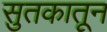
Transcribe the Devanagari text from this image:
सुतकातून